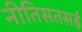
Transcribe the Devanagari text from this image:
नीतिसतसई